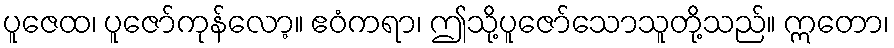
ပူဇေထ၊ ပူဇော်ကုန်လော့။ ဧဝံကရာ၊ ဤသို့ပူဇော်သောသူတို့သည်။ ဣတော၊